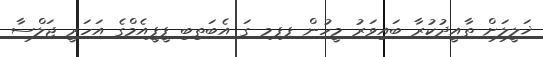
ޚަލީލަށް ތާއީދުކުރާ ބައިވަރު މީހުން ޕޕމ ގަ އެބަތިބި ޕީޕީއެމްގެ އަހަރީ ޖަލްސާ